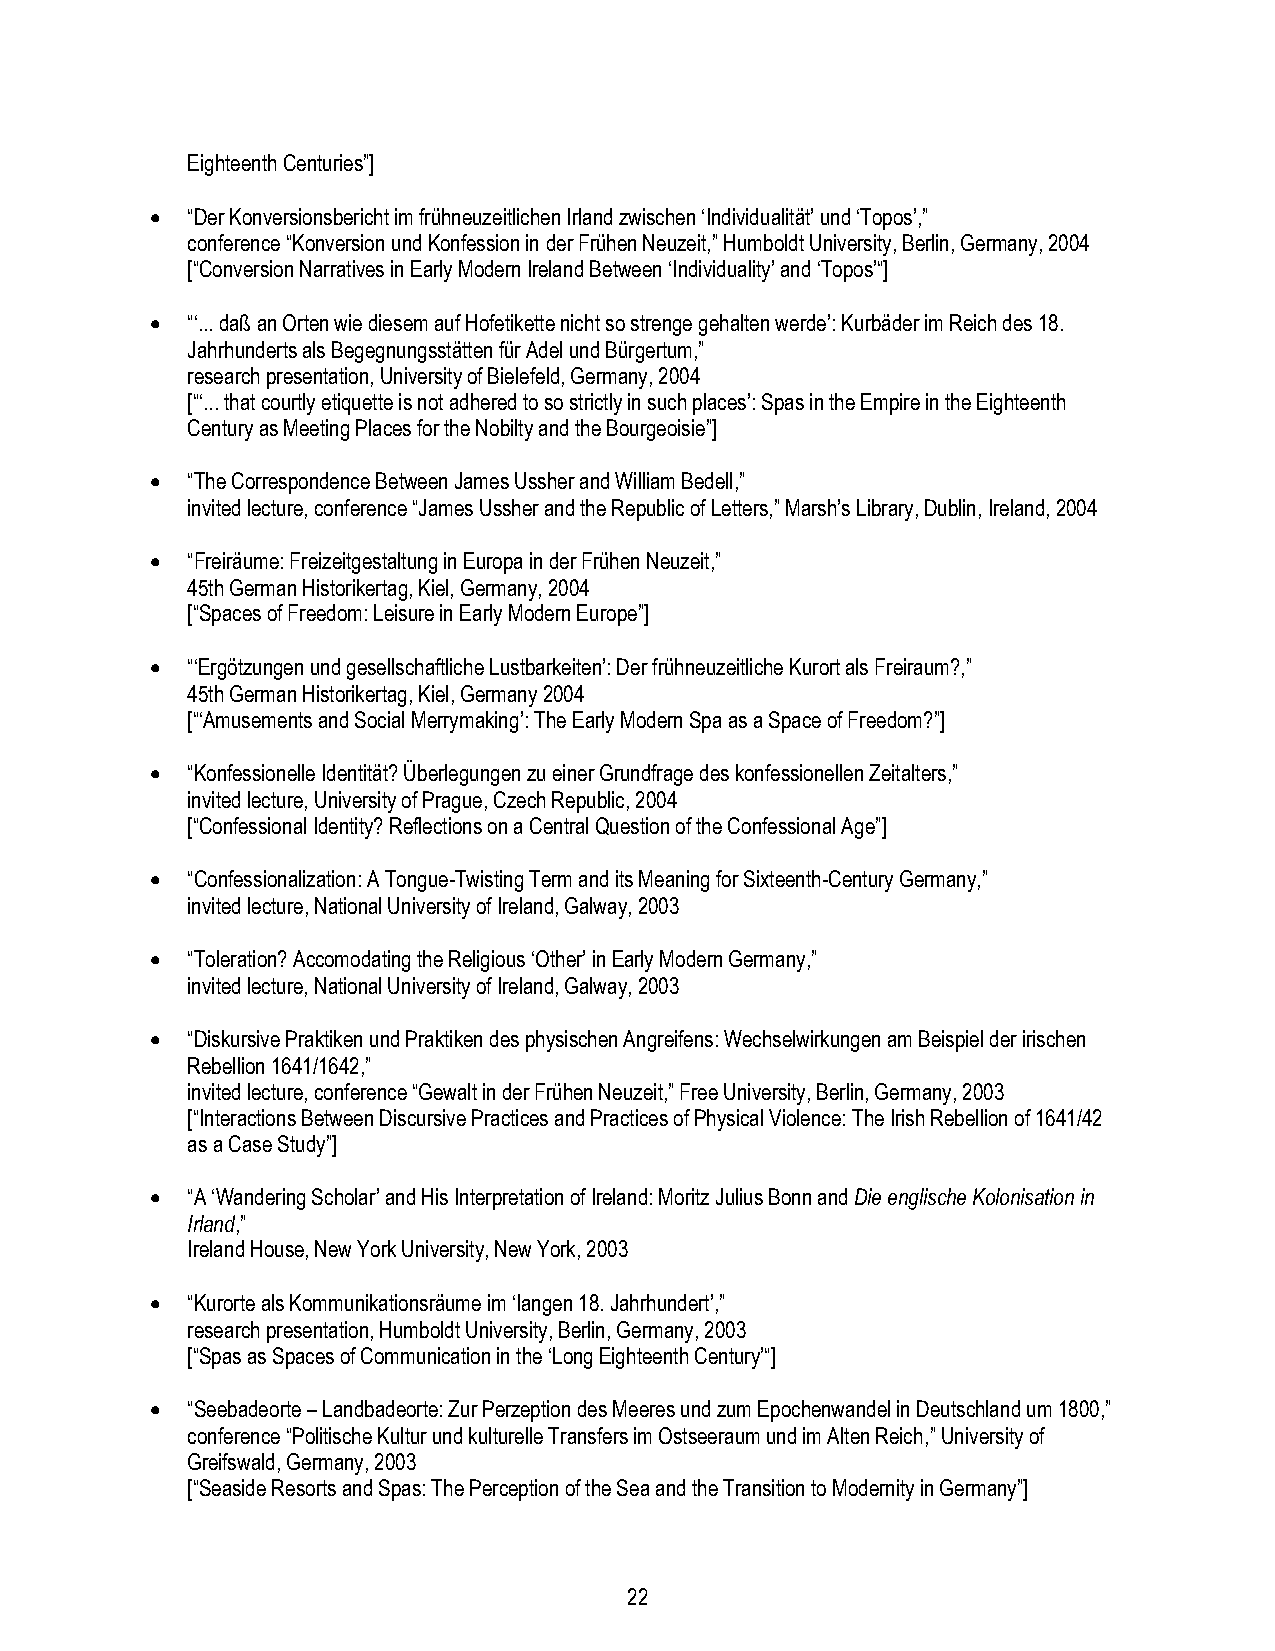
Eighteenth Centuries”]
 • “Der Konversionsbericht im frühneuzeitlichen Irland zwischen ‘Individualität’ und ‘Topos’,”
 conference “Konversion und Konfession in der Frühen Neuzeit,” Humboldt University, Berlin, Germany, 2004
 [“Conversion Narratives in Early Modern Ireland Between ‘Individuality’ and ‘Topos’“]
 • “‘... daß an Orten wie diesem auf Hofetikette nicht so strenge gehalten werde’: Kurbäder im Reich des 18.
 Jahrhunderts als Begegnungsstätten für Adel und Bürgertum,”
 research presentation, University of Bielefeld, Germany, 2004
 [“‘... that courtly etiquette is not adhered to so strictly in such places’: Spas in the Empire in the Eighteenth
 Century as Meeting Places for the Nobilty and the Bourgeoisie”]
 • “The Correspondence Between James Ussher and William Bedell,”
 invited lecture, conference “James Ussher and the Republic of Letters,” Marsh’s Library, Dublin, Ireland, 2004
 • “Freiräume: Freizeitgestaltung in Europa in der Frühen Neuzeit,”
 45th German Historikertag, Kiel, Germany, 2004
 [“Spaces of Freedom: Leisure in Early Modern Europe”]
 • “‘Ergötzungen und gesellschaftliche Lustbarkeiten’: Der frühneuzeitliche Kurort als Freiraum?,”
 45th German Historikertag, Kiel, Germany 2004
 [“‘Amusements and Social Merrymaking’: The Early Modern Spa as a Space of Freedom?”]
 • “Konfessionelle Identität? Überlegungen zu einer Grundfrage des konfessionellen Zeitalters,”
 invited lecture, University of Prague, Czech Republic, 2004
 [“Confessional Identity? Reflections on a Central Question of the Confessional Age”]
 • “Confessionalization: A Tongue-Twisting Term and its Meaning for Sixteenth-Century Germany,”
 invited lecture, National University of Ireland, Galway, 2003
 • “Toleration? Accomodating the Religious ‘Other’ in Early Modern Germany,”
 invited lecture, National University of Ireland, Galway, 2003
 • “Diskursive Praktiken und Praktiken des physischen Angreifens: Wechselwirkungen am Beispiel der irischen
 Rebellion 1641/1642,”
 invited lecture, conference “Gewalt in der Frühen Neuzeit,” Free University, Berlin, Germany, 2003
 [“Interactions Between Discursive Practices and Practices of Physical Violence: The Irish Rebellion of 1641/42
 as a Case Study”]
 • “A ‘Wandering Scholar’ and His Interpretation of Ireland: Moritz Julius Bonn and Die englische Kolonisation in
 Irland,”
 Ireland House, New York University, New York, 2003
 • “Kurorte als Kommunikationsräume im ‘langen 18. Jahrhundert’,”
 research presentation, Humboldt University, Berlin, Germany, 2003
 [“Spas as Spaces of Communication in the ‘Long Eighteenth Century’“]
 • “Seebadeorte – Landbadeorte: Zur Perzeption des Meeres und zum Epochenwandel in Deutschland um 1800,”
 conference “Politische Kultur und kulturelle Transfers im Ostseeraum und im Alten Reich,” University of
 Greifswald, Germany, 2003
 [“Seaside Resorts and Spas: The Perception of the Sea and the Transition to Modernity in Germany”]
 22